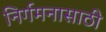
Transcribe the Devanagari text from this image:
निर्गमनासाठी